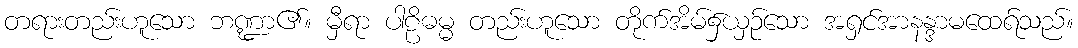
တရားတည်းဟူသော ဘဏ္ဍာ၏။ မှီရာ ပါဠိဓမ္မ တည်းဟူသော တိုက်အိမ်၌ယှဉ်သော အရှင်အာနန္ဒာမထေရ်သည်။